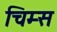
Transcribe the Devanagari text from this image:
चिम्स